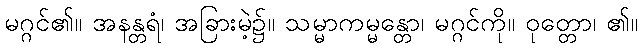
မဂ္ဂင်၏။ အနန္တရံ၊ အခြားမဲ့၌။ သမ္မာကမ္မန္တော၊ မဂ္ဂင်ကို။ ဝုတ္တော၊ ၏။